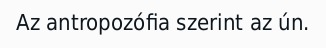
Az antropozófia szerint az ún.